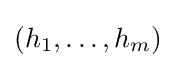
(h_{1},\ldots ,h_{m})